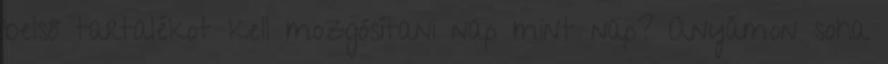
belső tartalékot kell mozgósítani nap mint nap? Anyámon soha